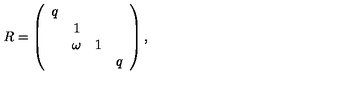
R = \left( \begin{array} { c c c c } { q } & { } & { } & { } \\ { } & { 1 } & { } & { } \\ { } & { \omega } & { 1 } & { } \\ { } & { } & { } & { q } \\ \end{array} \right) ,